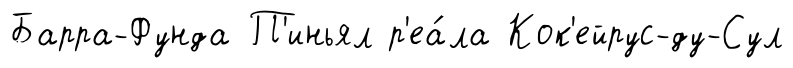
Барра-Фунда П'иньял р'еа́ла Кок'ейрус-ду-Сул